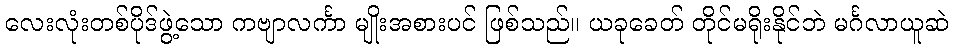
လေးလုံးတစ်ပိုဒ်ဖွဲ့သော ကဗျာလင်္ကာ မျိုးအစားပင် ဖြစ်သည်။ ယခုခေတ် တိုင်မရိုးနိုင်ဘဲ မင်္ဂလာယူဆဲ